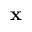
\mathbf { x }